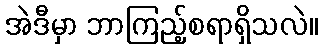
အဲဒီမှာ ဘာကြည့်စရာရှိသလဲ။